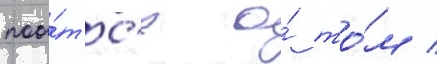
поо́тс'я о́ то́м /